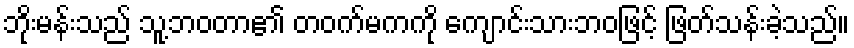
ဘိုးမန်းသည် သူ့ဘဝတာ၏ တဝက်မကကို ကျောင်းသားဘဝဖြင့် ဖြတ်သန်းခဲ့သည်။